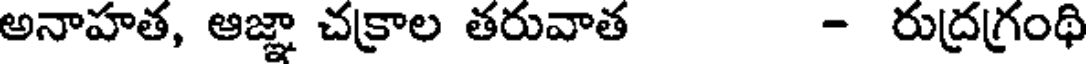
అనాహత, ఆజ్ఞా చక్రాల తరువాత - రుద్రగ్రంథి